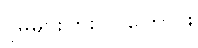
ပိုမိုများပြားလာကြောင်း